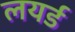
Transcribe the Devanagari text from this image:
लयर्ड